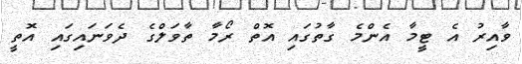
ވާއިރު އެ ޓީމާ އެންމެ ގާތުގައި އޮތް ރޯމާ ތާވަލްގެ ދެވަނައިގައި އޮތީ